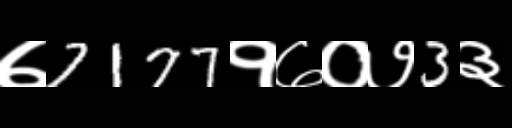
Text: ७7177१७०७3३